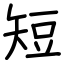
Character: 短